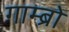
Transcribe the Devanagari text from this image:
गाम्ब्रो